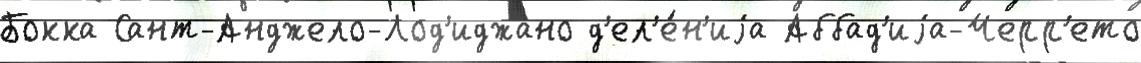
Бокка Сант-Анджело-Лод'иджано д'ел'е́н'иjа Аббад'иjа-Черр'ето